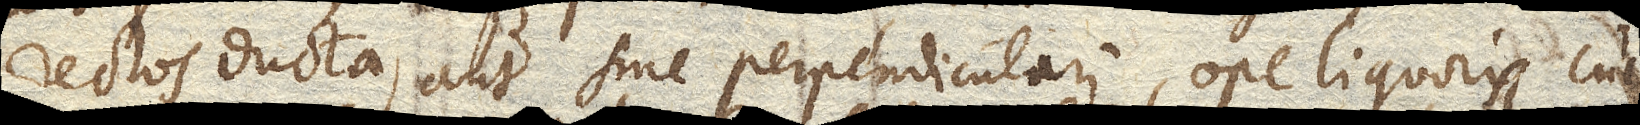
rectos ducta, aut sine perpendiculari, ope liquoris, cujus